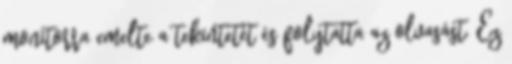
monitorra emelte a tekintetét és folytatta az olvasást. Ez